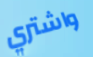
واشتري